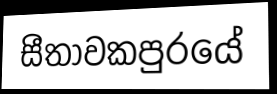
සීතාවකපුරයේ